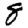
Digit: 8